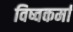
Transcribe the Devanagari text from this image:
विष्वकर्मा